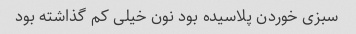
سبزی خوردن پلاسیده بود نون خیلی کم گذاشته بود